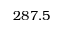
2 8 7 . 5